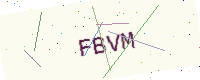
Text: FBVM